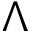
\Lambda